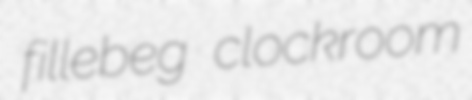
fillebeg clockroom